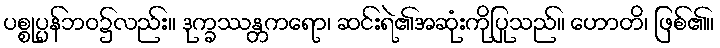
ပစ္စုပ္ပန်ဘဝ၌လည်း။ ဒုက္ခဿန္တကရော၊ ဆင်းရဲ၏အဆုံးကိုပြုသည်။ ဟောတိ၊ ဖြစ်၏။